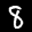
Label: 8